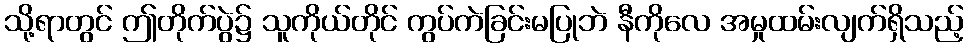
သို့ရာတွင် ဤတိုက်ပွဲ၌ သူကိုယ်တိုင် ကွပ်ကဲခြင်းမပြုဘဲ နီကိုလေ အမှုထမ်းလျက်ရှိသည့်